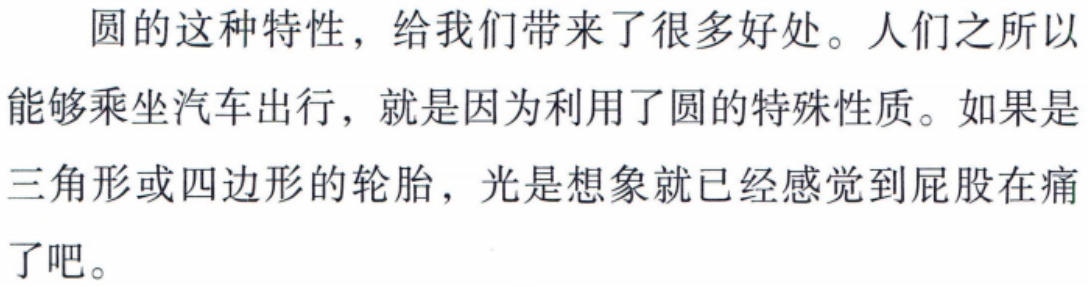
圆的这种特性，给我们带来了很多好处。人们之所以能够乘坐汽车出行，就是因为利用了圆的特殊性质。如果是三角形或四边形的轮胎，光是想象就已经感觉到屁股在痛了吧。